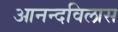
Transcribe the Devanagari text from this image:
आनन्दविलास